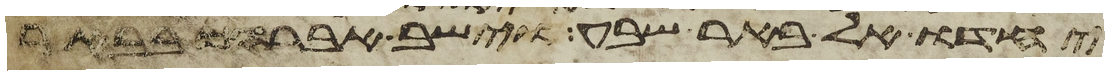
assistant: יחדו אל באר שבע וישב אברהם בבאר